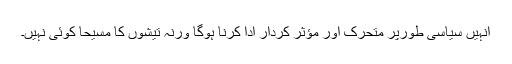
انہیں سیاسی طورپر متحرک اور مؤثر کردار ادا کرنا ہوگا ورنہ تیشوں کا مسیحا کوئی نہیں۔